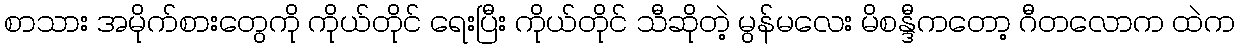
စာသား အမိုက်စားတွေကို ကိုယ်တိုင် ရေးပြီး ကိုယ်တိုင် သီဆိုတဲ့ မွန်မလေး မိစန္ဒီကတော့ ဂီတလောက ထဲက